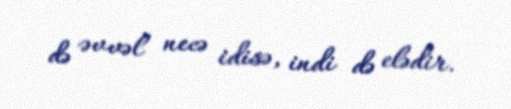
də əvvəl necə idisə, indi də elədir.